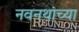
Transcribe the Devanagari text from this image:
नवनथांच्या